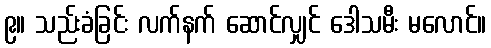
၉။ သည်းခံခြင်း လက်နက် ဆောင်လျှင် ဒေါသမီး မလောင်။